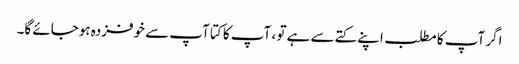
اگر آپ کا مطلب اپنے کتے سے ہے تو ، آپ کا کتا آپ سے خوفزدہ ہوجائے گا۔